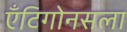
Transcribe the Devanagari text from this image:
ऍंटिगोनसला